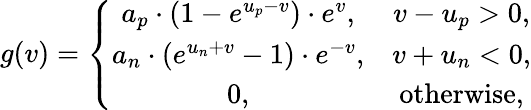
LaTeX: g(v)=\left\lbrace\begin{array}{cc}{a_{p}\cdot(1-e^{u_{p}-v})\cdot e^{v},}&{v-u_{p}>0,}\\ {a_{n}\cdot(e^{u_{n}+v}-1)\cdot e^{-v},}&{v+u_{n}<0,}\\ {0,}&{\textrm{otherwise},}\end{array}\right.